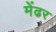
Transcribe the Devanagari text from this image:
मेंढर